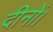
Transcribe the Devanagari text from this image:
दीनों।